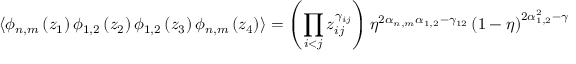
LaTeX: \langle \phi _ { n , m } \left( z _ { 1 } \right) \phi _ { 1 , 2 } \left( z _ { 2 } \right) \phi _ { 1 , 2 } \left( z _ { 3 } \right) \phi _ { n , m } \left( z _ { 4 } \right) \rangle = \left( \prod _ { i < j } z _ { i j } ^ { \gamma _ { i j } } \right) \eta ^ { 2 \alpha _ { n , m } \alpha _ { 1 , 2 } - \gamma _ { 1 2 } } \left( 1 - \eta \right) ^ { 2 \alpha _ { 1 , 2 } ^ { 2 } - \gamma _ { 2 3 } } Y \left( \eta \right)